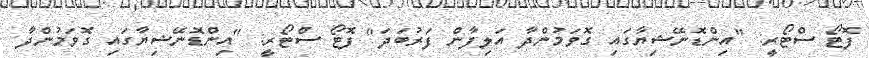
ފޮޓޯ ސްޓޯރީ: "އިންޑޮނޭޝިޔާގައި ގޮވަމުންދާ އަލިފާން ފަރުބަދަ" ފޮޓޯ ސްޓޯރީ: "އިންޑޮނޭޝިޔާގައި ގޮވަމުންދާ